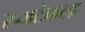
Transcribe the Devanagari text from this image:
रुमटेकला